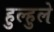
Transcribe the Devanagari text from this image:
हुल्हुले